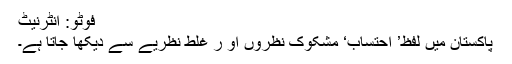
فوٹو: انٹرنیٹ
پاکستان میں لفظ’ احتساب‘ مشکوک نظروں او ر غلط نظریے سے دیکھا جاتا ہے۔